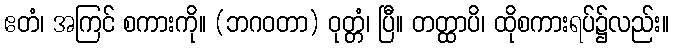
ဧတံ၊ အကြင် စကားကို။ (ဘဂဝတာ) ဝုတ္တံ၊ ပြီ။ တတ္ထာပိ၊ ထိုစကားရပ်၌လည်း။